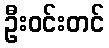
ဦးဝင်းတင်